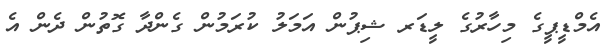
އެމްޑީޕީގެ މިހާރުގެ ލީޑަރ ޝިޕުން އަމަލު ކުރަމުން ގެންދާ ގޮތުން ދެން އެ